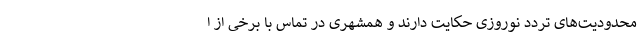
محدودیت‌های تردد نوروزی حکایت دارند و همشهری در تماس با برخی از ا